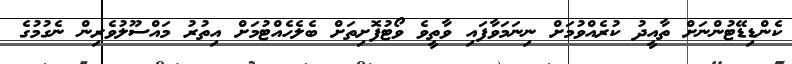
ކެންޑިޑޭޓުންނަށް ތާއީދު ކުރެއްވުމަށް ނިނަމަވާފައި ވާތީވެ ވޯޓުފޮށިތަށް ބެލެހެއްޓުމަށް އިތުރު މައްސޫލުވެރިން ނެގުމުގެ